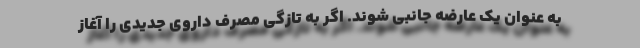
به عنوان یک عارضه جانبی شوند. اگر به تازگی مصرف داروی جدیدی را آغاز